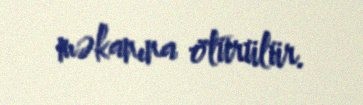
məkanına ötürülür.